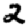
Digit: 2